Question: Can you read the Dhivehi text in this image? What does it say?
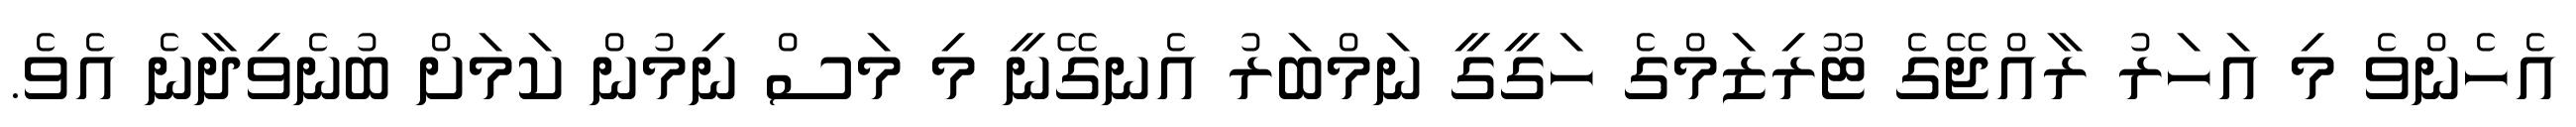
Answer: އެހެންވެ މި އަހަރު ރާއްޖޭގެ ޓޫރިޒަމްގެ ހަގީގީ ނަމްބަރު އެނގޭނީ މި މަސް ނިމުން ކަމަށް ބުނެވިދާނެ އެވެ.